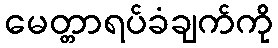
မေတ္တာရပ်ခံချက်ကို